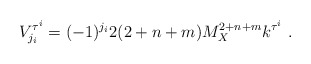
\begin{align*}V^{\tau^i}_{j_i}= (-1)^{j_i} 2 (2+n+m) M_X^{2+n+m} k^{\tau^i} ~.~\,\end{align*}